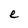
Character: e